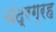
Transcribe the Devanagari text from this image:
चंद्रग्रह